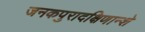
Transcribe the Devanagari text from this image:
जनकपुरादक्षिणान्शे